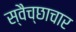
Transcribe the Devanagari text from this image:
स्‍वैच्‍छाचार